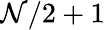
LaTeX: \mathcal{N}/2+1